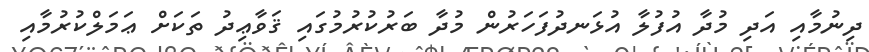
ދިނުމާއި އަދި މުދާ އުފުލާ އުޅަނދުފަހަރުން މުދާ ބަރުކުރުމުގައި ޤަވާޢިދު ތަކަށް ޢަމަލްކުރުމާއި